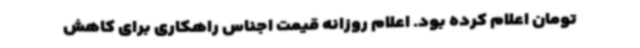
تومان اعلام کرده بود. اعلام روزانه قیمت‌ اجناس راهکاری برای کاهش